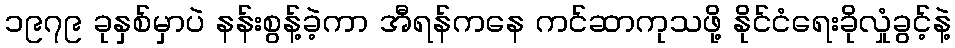
၁၉၇၉ ခုနှစ်မှာပဲ နန်းစွန့်ခဲ့ကာ အီရန်ကနေ ကင်ဆာကုသဖို့ နိုင်ငံရေးခိုလှုံခွင့်နဲ့